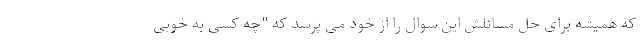
که همیشه برای حل مسائلش این سوال را از خود می پرسد که "چه کسی به خوبی